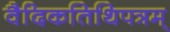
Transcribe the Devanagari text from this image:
वैदिकतिथिपत्रम्